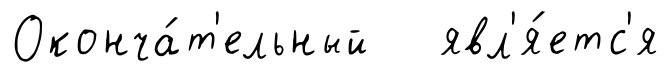
Оконча́т'ельный явл'я́етс'я